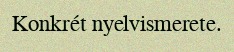
Konkrét nyelvismerete.